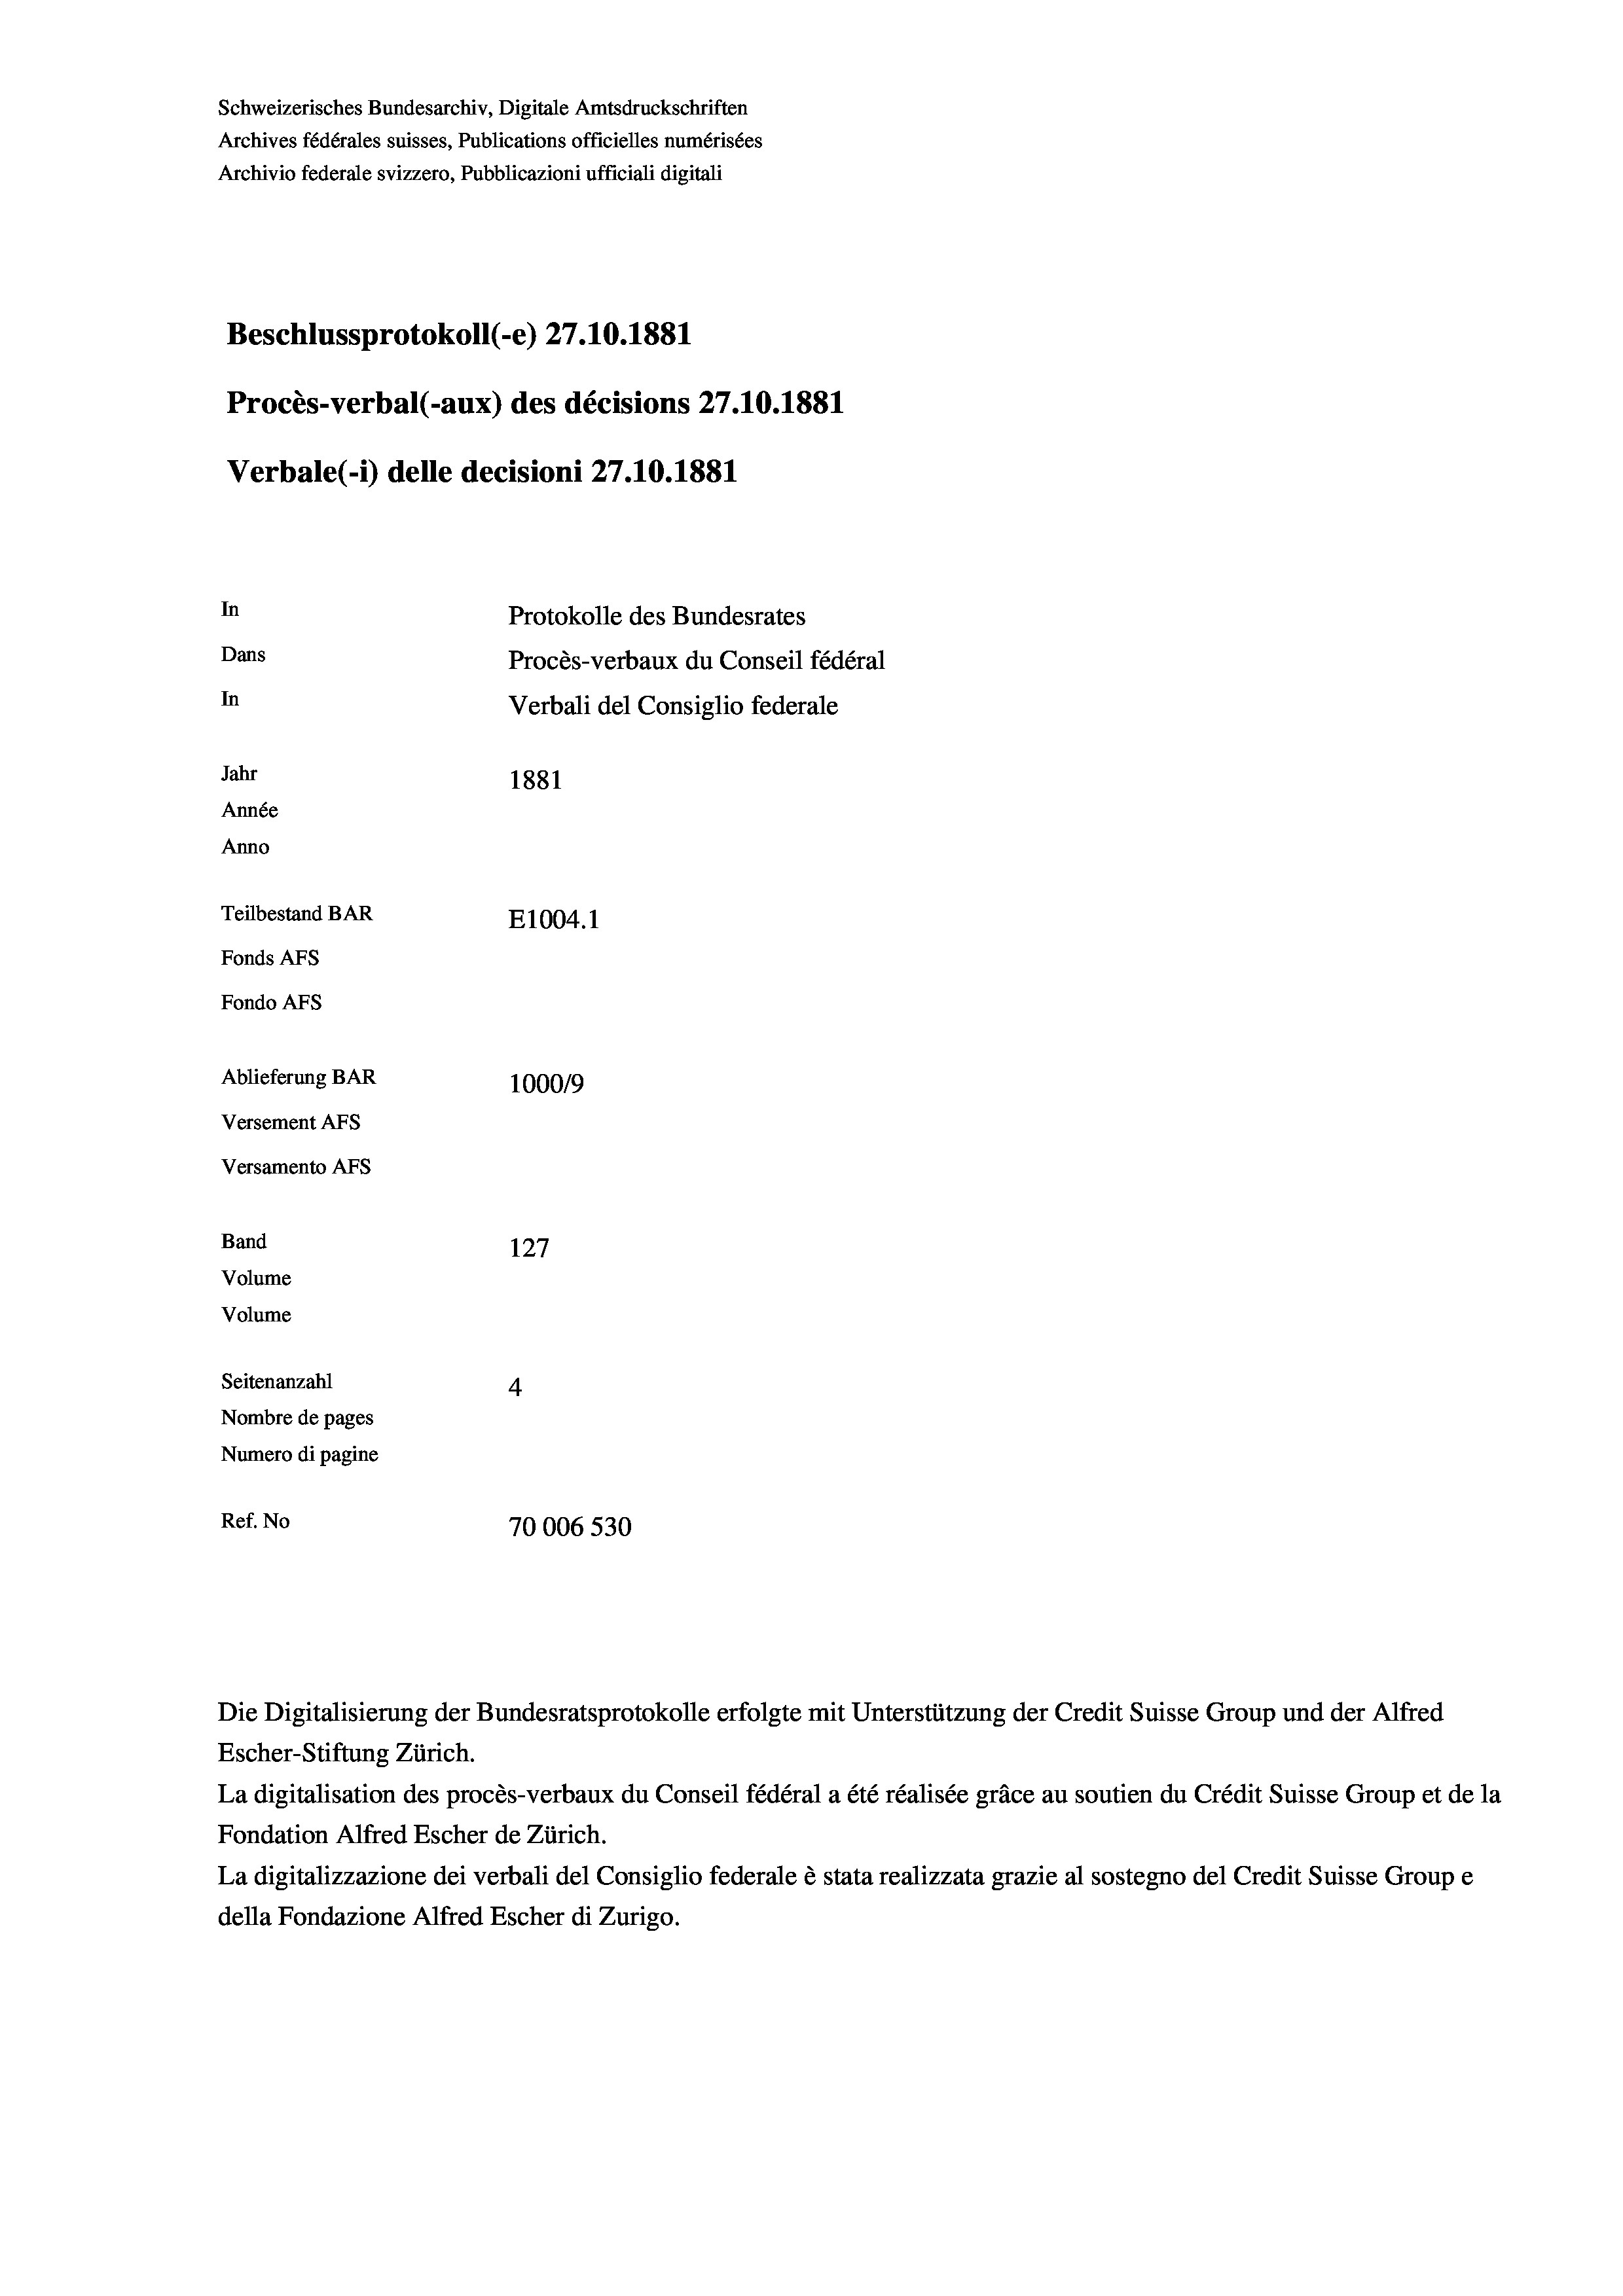
Schweizerisches Bundesarchiv, Digitale Amtsdruckschriften
Archives fédérales suisses, Publications officielles numérisées
Archivio federale svizzero, Pubblicazioni ufficiali digitali
Beschlussprotokoll (-e) 27.10.1881
Procès-verbal (-aux) des décisions 27.10.1881
Verbale (1) delle decisioni 27.10.1881
In
Protokolle des Bundesrates
Dans
Procès-verbaux du Conseil fédéral
In
Verbali del Consiglio federale
Jahr
1881
Année
Anno
Teilbestand BAR
E1004.1
Fonds AFs
Fondo AFs
Ablieferung BAR
100019
Versement AFS
Versamento Afs
Band
127
Volume
Volume

Seitenanzahl
4
Nombre de pages
Numero di pagine
Ref. No
70006 530

Die Digitalisierung der Bundesratsprotokolle erfolgte mit Unterstützung der Credit Suisse Group und der Alfred
Escher-Stiftung Zürich.
La digitalisation des procès-verbaux du Conseil fédéral a été réalisée gräce au soutien du Crédit Suisse Group et de la
Fondation Alfred Escher de Zürich.
La digitalizzazione dei verbali del Consiglio federale è stata realizzata grazie al sostegno del Credit Suisse Groupe
della Fondazione Alfred Escher di Zurigo.